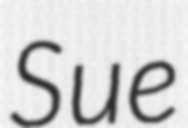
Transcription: Sue